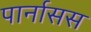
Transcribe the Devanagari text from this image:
पार्नासस